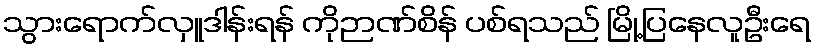
သွားရောက်လှူဒါန်းရန် ကိုဉာဏ်စိန် ပစ်ရသည် မြို့ပြနေလူဦးရေ